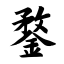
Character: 鍪